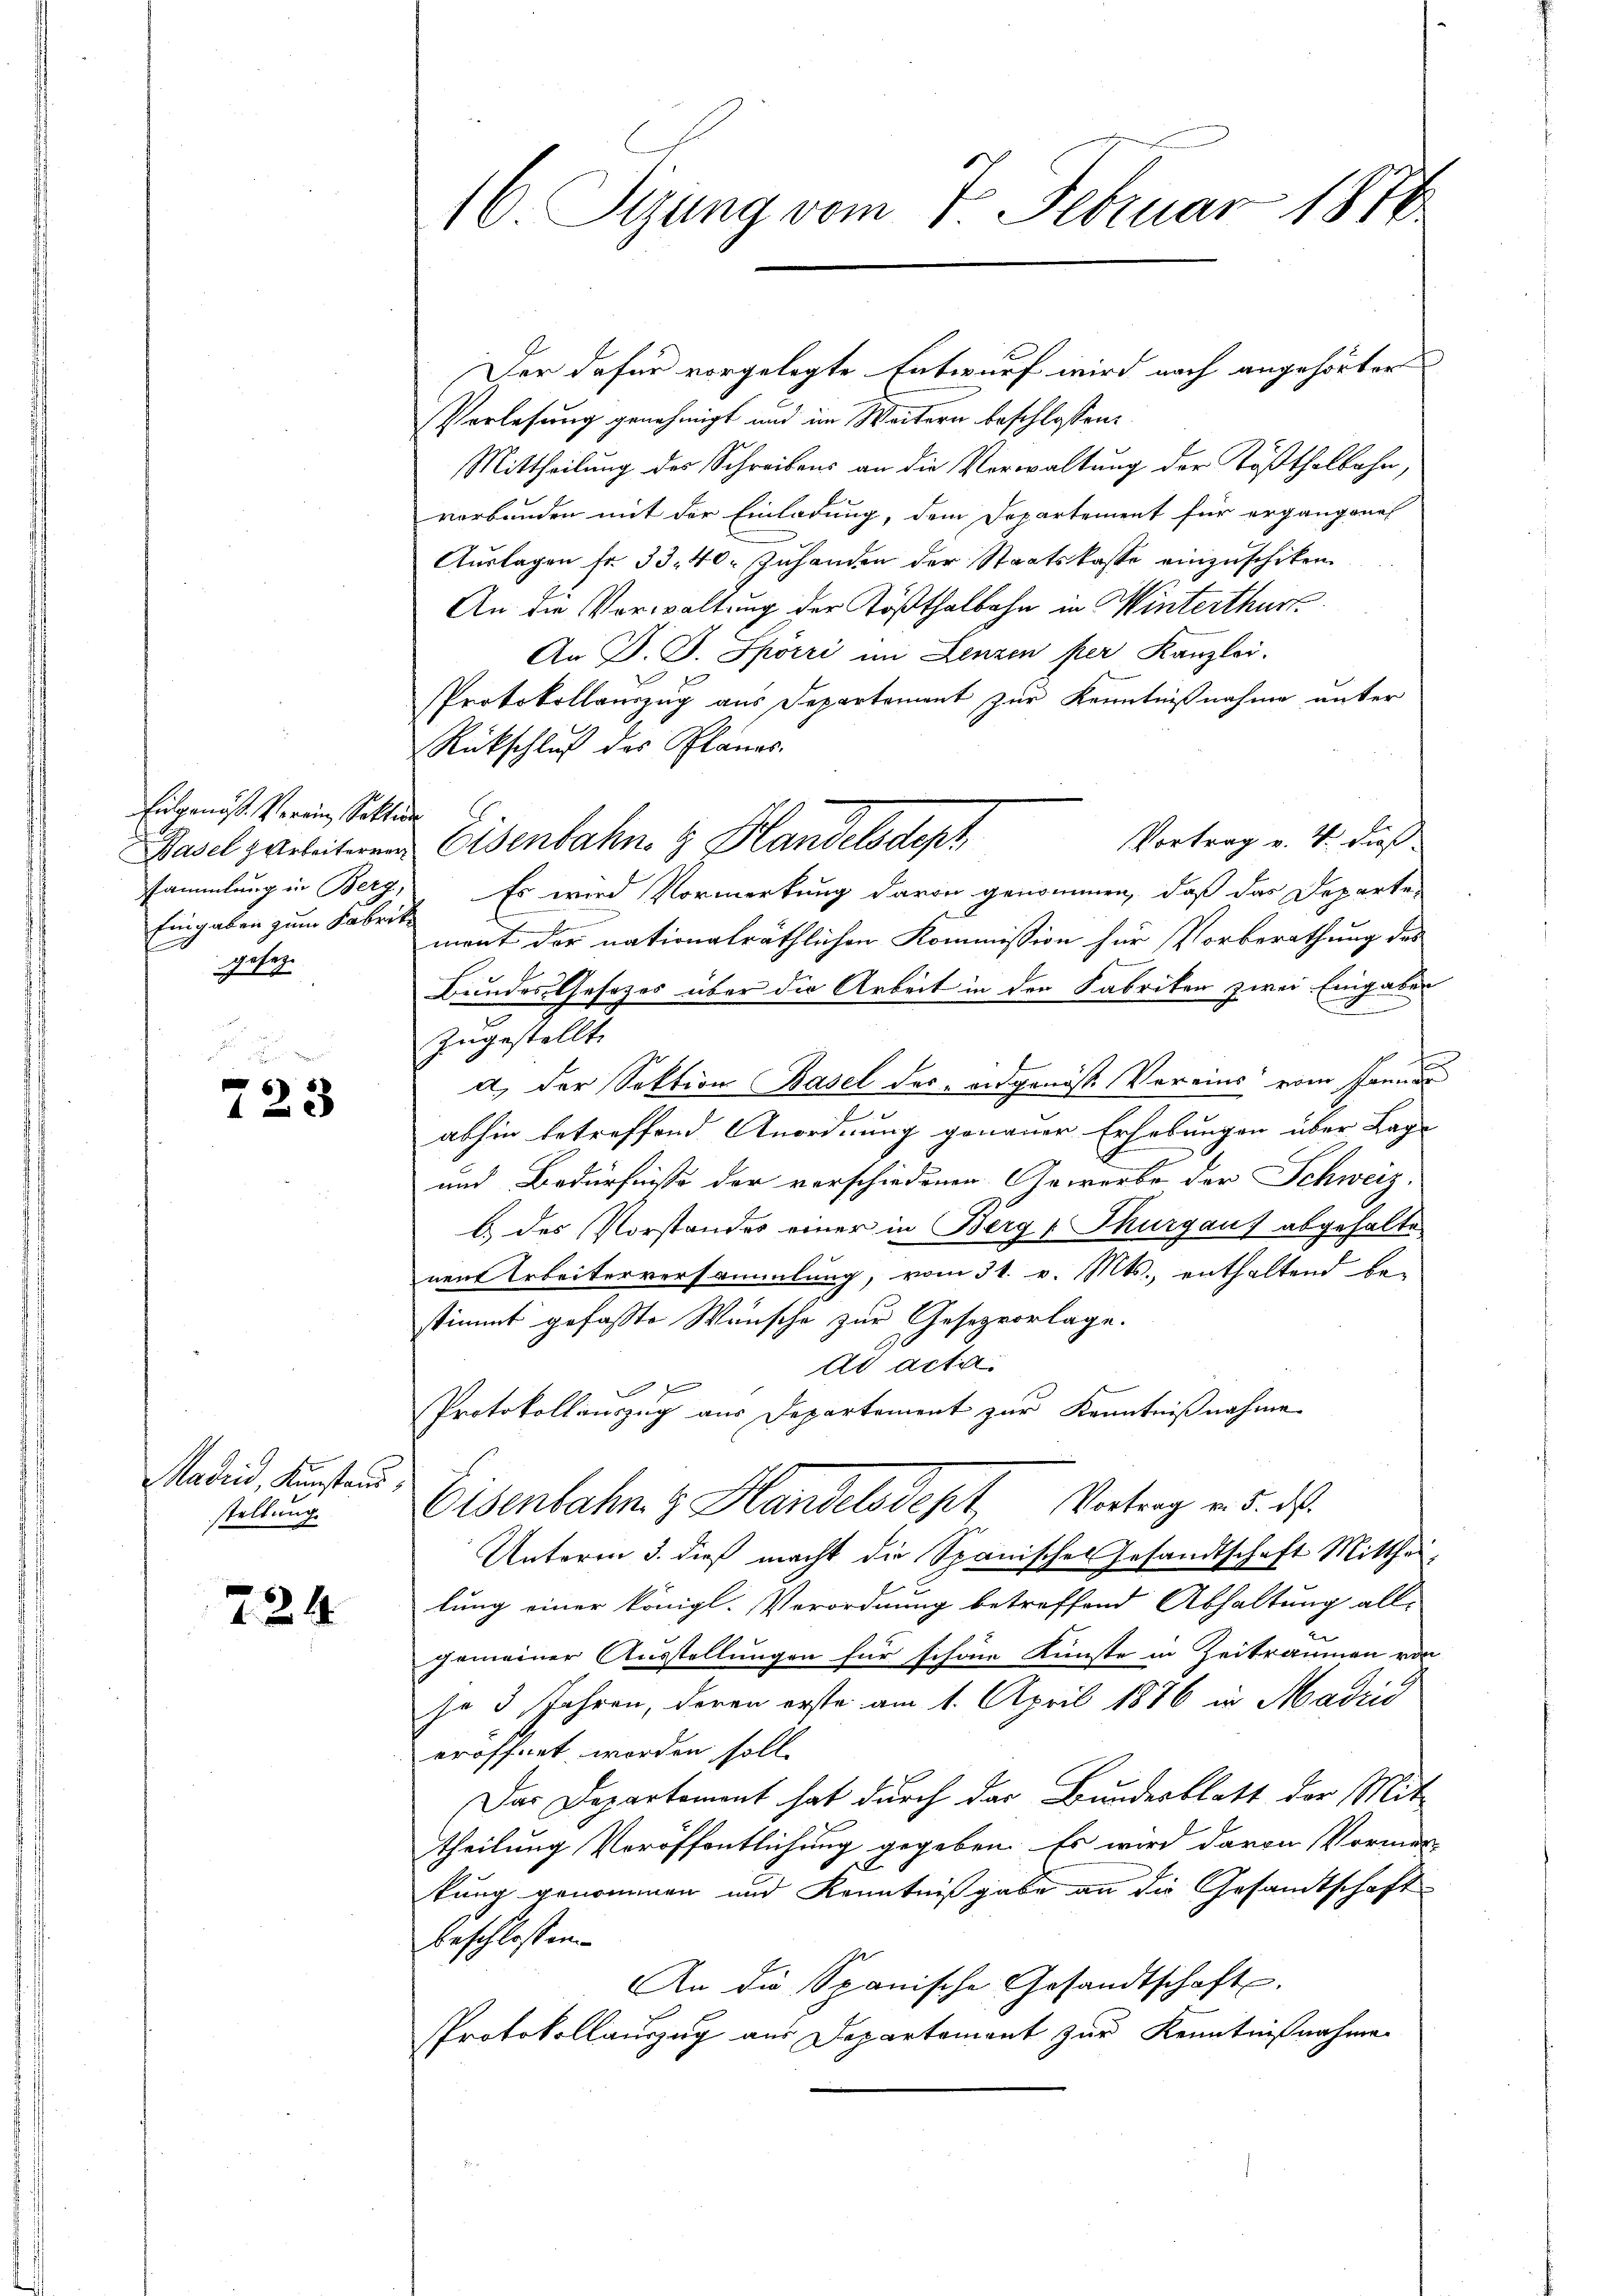
Eidgenöss. Verein, Sekti
Eingaben zum Fabrik
 eg.

723

Madii, Kunstand,
stellung.

224

16 Sizung vom 7. Februar 1872.

Der dafür vorgelegte Entwurf wird nach angehörter
Vorlesung genehmigt und im Weitern beschlossen:
Mittheilung des Schreibens an die Verwaltung der Tößthalbahn,
verbunden mit der Einladung, dem Departement für ergangenes
Aŭslagen fr. 33. 40. zŭhanden der Staatskasse einzuschiken.
An die Verwaltung der Tößthalbahn in Winterthur
An D. J. Spörri in Lenzen per Kanzlei.
Protokollauszug aus Departement zur Kenntnißnahme unter
Rückschluß des Planes.
Vortrag v. 4. dieß
Basel zarbeiteren Eisenbahn. Handelsdeph
sammlung in Berg. Es wird Vormerkung davon genommen, daß das Departe-
ment der nationalräthlichen Kommission für Vorberathung des
Bundes Gesetzes über die Arbeit in den Fabriken zwei Eingaben
zugestellt.
a, der Sektion Basel der angenoss. Vereins vom Januar
2
abhin betreffend Anordnung genauer Erhebungen über Lage
und Bedürfnisse der vorschiedenen Gewerbe der Schweiz.
b.) des Vorstandes einer in Berg (Thurgaus abgehalte
neut Arbeiterversammlung, vom 31. v. Mts., enthaltend be-
stimmt gefasste Wünsche zur Gesezvorlage.
ad acti
f
x
Protokollauszug aus Departement zur Kenntnißnahme
Eisenbahn z. Handelsdept Vertrag v. 5. ds.
Unterm 3. dieß macht die Spanisches Gesandtschaft Mittheilung einer königl. Verordnung betreffend Abhaltung all-
gemeiner Ausstellungen für schöne Künste in Zeiträumen von
so 5 Jahren, deren erste am 1. April 1876 in Madrić
eröffnet worden soll.
Dar Departement hat durch das Bundesblatt der Mit-
theilung Veröffentlichung gegeben. Es wird davon Vormer-
kung genommen und Kenntnißgabe an die Gesandtschaft
beschlossen
An die Spanische Gesandtschaft
Protokollauszug aus Departement zur Kenntnißnahmen